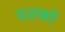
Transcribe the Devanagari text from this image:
दशकाें